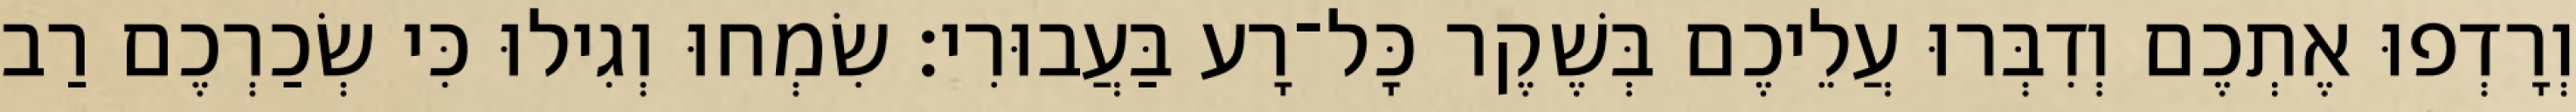
וְרָדְפוּ אֶתְכֶם וְדִבְּרוּ עֲלֵיכֶם בְּשֶׁקֶר כָּל־רָע בַּעֲבוּרִי׃ שִׂמְחוּ וְגִילוּ כִּי שְׂכַרְכֶם רַב